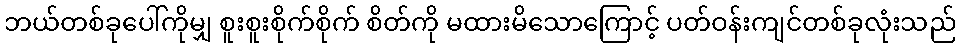
ဘယ်တစ်ခုပေါ်ကိုမျှ စူးစူးစိုက်စိုက် စိတ်ကို မထားမိသောကြောင့် ပတ်ဝန်းကျင်တစ်ခုလုံးသည်